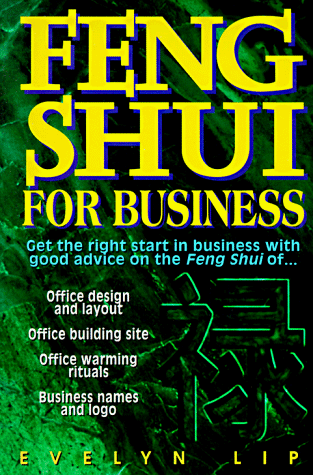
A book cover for Feng Shui for Business; Dr. Evelyn Lip; Business & Money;